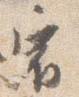
宿